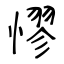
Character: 憀